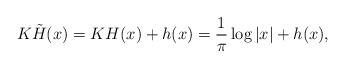
LaTeX: \begin{align*}K\tilde{H}(x) = K H(x) + h(x) = \frac{1}{\pi} \log|x| + h(x), \end{align*}